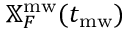
\mathbb { X } _ { F } ^ { \mathrm { m w } } ( t _ { \mathrm { m w } } )